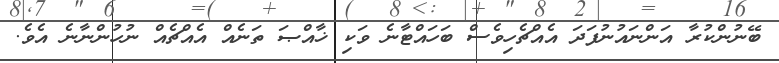
ބޭނުންކުރާ އަންނައުނުފަދަ އެއްޗެހިވެސް ބަހައްޓާނެ ވަކި ޚާއްޞަ ތަނެއް އެއްޗެއް ނުހުންނާނެ އެވެ.